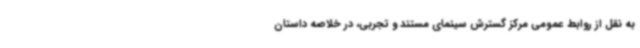
به نقل از روابط عمومی مرکز گسترش سینمای مستند و تجربی، در خلاصه داستان